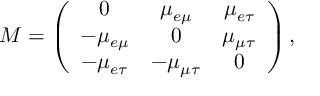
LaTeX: M = \left( \begin{array} { c c c } { { 0 } } & { { \mu _ { e \mu } } } & { { \mu _ { e \tau } } } \\ { { - \mu _ { e \mu } } } & { { 0 } } & { { \mu _ { \mu \tau } } } \\ { { - \mu _ { e \tau } } } & { { - \mu _ { \mu \tau } } } & { { 0 } } \end{array} \right) ,